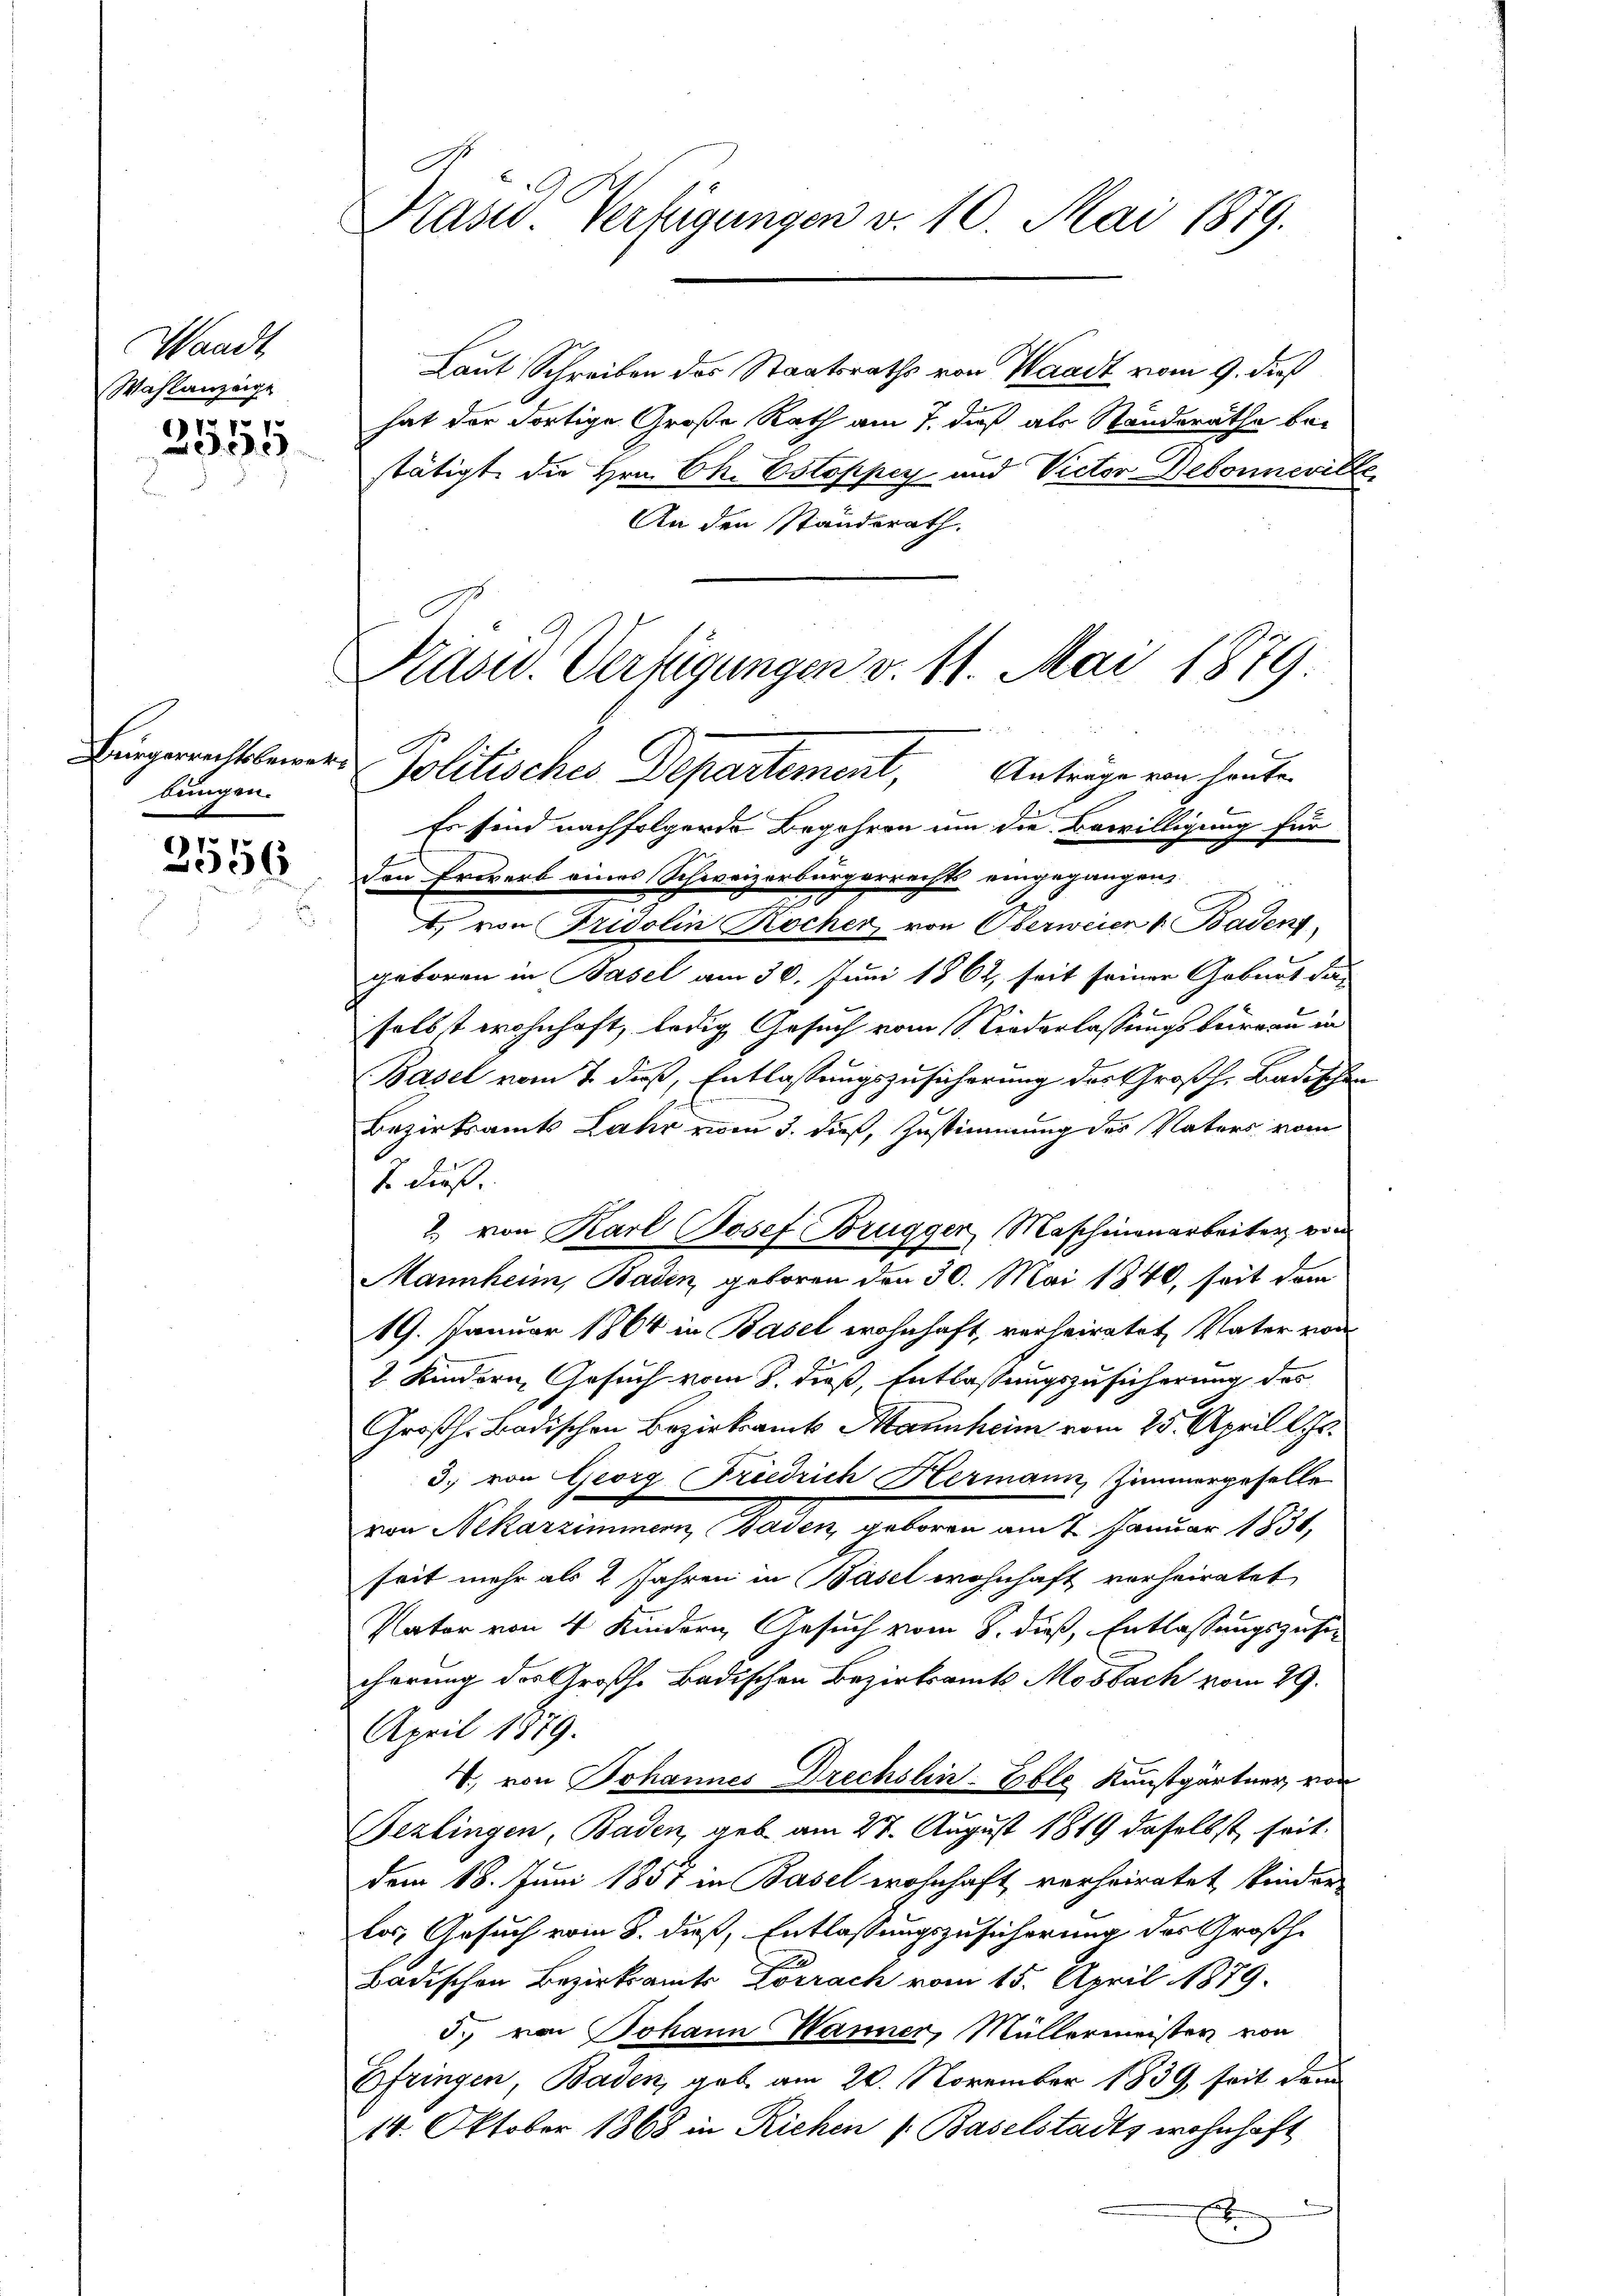
Waadt
Wahlanzeige

121
Lei

bungen.

2556

Prasid Verfügungen v. 10. Mai 1879.

Laut Schreiben des Staatsraths von Waadt vom 9. dieß
hat der dortige Große Rath am 7. dieß als Ständerathe be-
stätigt die Hrn. Ch. Ostoppey und Victor Debonnevite
An den Standsrath.
Es sind nachfolgende Begehren um die Bewilligung für
Den Erwerb eines Schweizerbürgerrechts eingegangen,
0
., von Fridolin Kocher von Oberweien u Badens
geboren in Basel am 30. Juni 1862, seit seiner Gobnet da-
selbst wohnhaft, ledig Gesuch vom Niederlassungsbergau in
Basel vom 7. daß, Entlassungszusicherung der Großh. Badischen
Bezirksamts Lahr vom 3. dieß, Zustimmung des Vaters vom
J. dieß.
2. von Karl Josef Brugger, Maschinenarbeiter von
Mannheim, Baden, geboren den 30. Mai 1840, seit dem
19. Januar 1864 in Basel wohnhaft, verheiratet, Vater vor
2 Kindern, Gesuch vom 8. dieß, Entlassungszusicherung des
Großh. Badischen Bezirksamts Mannheim vom 25. April l. Js.
3) von Georg Friedrich Hermann, Zimmergeselle
von Nekarzimmern, Baden, geboren am 7. Januar 1838,
seit mehr als 2 Jahren in Basel wohnhaft verheiratet
Vater von 4 Kindern Gesuch vom 8. dieß, Entlassungszuse
cherung der Große Badischen Bezirksamts Mosbach vom 29.
April 1879.
V. von Johannes Drechslin-Eble Kunstgärtner, von
Bezlingen, Baden, geb. am 27. August 1819 daselbst, seit
dem 18. Juni 1857 in Basel wohnhaft verheiratet, kinder
la, Gesuch vom 8. dieß, Entlassungszusicherung des Großhe
Badischen Bezirksamts Lörrach vom 15. April 1879.
5. von Johann Wanner, Müllermeister von
Efringen, Baden, gab am 20. November 1839 seit dem
14. Oktober 1868 in Richen Baselstadts wohnhaft
.

Präsid. Verfügungen v. 11. Mai 1879
Bingerechtlerer Politisches Departement, Anträge von heute.

u